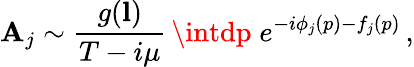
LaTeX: {\cal\mathbf{A}}_{j}\sim\frac{{g({\mathbf{l}})}}{{T-i\mu}}\, \intdp\; e^{-i\phi_{j}(p)-f_{j}(p)}\, ,